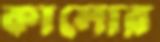
কালোর